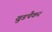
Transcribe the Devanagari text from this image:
वुडपैकर